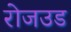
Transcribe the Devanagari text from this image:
रोजउड